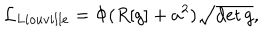
{ \cal L } _ { L i o u v i l l e } = \Phi ( R [ g ] + a ^ { 2 } ) \sqrt { \det g } ,